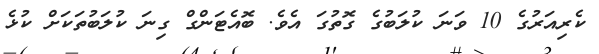
ކެރިއަރުގެ 10 ވަނަ ކުލަބުގެ ގޮތުގަ އެވެ. ބޮއެޓަންގް ގިނަ ކުލަބުތަކަށް ކުޅެ